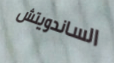
الساندويتش